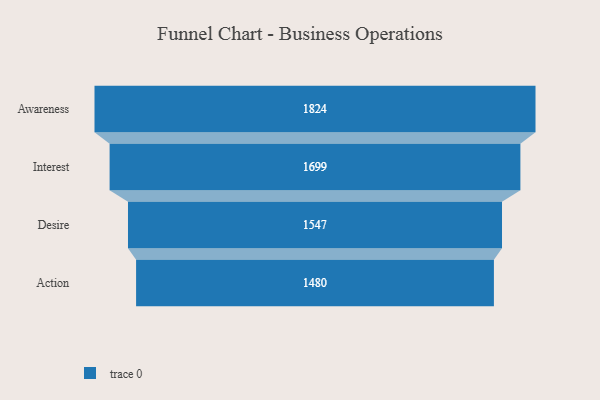
{"axis": {"x": "Stage", "y": "Value"}, "legend": [""], "data": [{"x": "Awareness", "y": 1824.0, "type": ""}, {"x": "Interest", "y": 1699.0, "type": ""}, {"x": "Desire", "y": 1547.0, "type": ""}, {"x": "Action", "y": 1480.0, "type": ""}]}